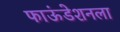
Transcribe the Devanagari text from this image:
फाऊंडेशनला